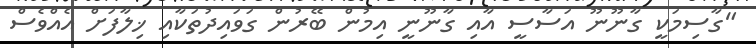
"ގާސިމަކީ ގާނޫނޫ އަސާސީ އާއި ގާނޫނީ އިމުން ބޭރުން ގަވައިދުތަކާއި ޚިލާފަށް އެއްވެސް